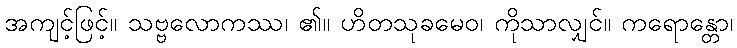
အကျင့်ဖြင့်။ သဗ္ဗလောကဿ၊ ၏။ ဟိတသုခမေဝ၊ ကိုသာလျှင်။ ကရောန္တော၊